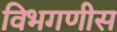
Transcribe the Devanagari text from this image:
विभगणीस